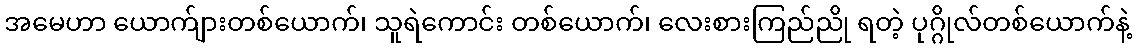
အမေဟာ ယောက်ျားတစ်ယောက်၊ သူရဲကောင်း တစ်ယောက်၊ လေးစားကြည်ညို ရတဲ့ ပုဂ္ဂိုလ်တစ်ယောက်နဲ့